Scottish Leaving Certificate Examination, 1956
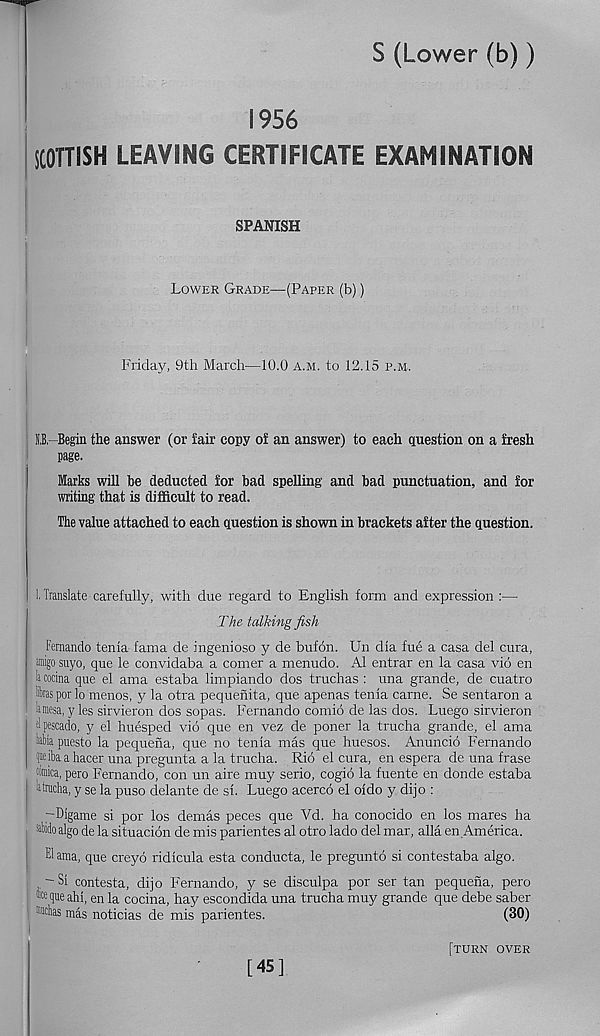
S (Lower (b))
1956
SCOTTISH LEAVING CERTIFICATE EXAMINATION
SPANISH
Lower Grade—(Paper (b))
Friday, 9th March—10.0 a.m. to 12.15 p.m.
j'i- Begin the answer (or lair copy of an answer) to each question on a fresh
page.
Marks will be deducted for bad spelling and bad punctuation, and for
writing that is difficult to read.
The value attached to each question is shown in brackets after the question.
1. Translate carefully, with due regard to English form and expression :—
The talking fish
Fernando tenia fama de ingenioso y de bufon. Un dia fue a casa del cura,
■go suyo, que le convidaba a comer a menudo. A1 entrar en la casa vio en
la cocina que el ama estaba limpiando dos truchas : una grande, de cuatro
Iras por lo menos, y la otra pequenita, que apenas tenia carne. Se sentaron a
la mesa, y les sirvieron dos sopas. Fernando comio de las dos. Luego sirvieron
tlpescado, y el huesped vio que en vez de poner la trucha grande, el ama
babia puesto la pequena, que no tenia mas que huesos. Anuncio Fernando
Ittibaahacer una pregunta a la trucha. Rio el cura, en espera de una frase
romica, pero Fernando, con un aire muy serio, cogio la fuente en donde estaba
latracha, y se la puso del ante de si. Luego acerco el oido y dijo :
-Digame si por los demas peces que Vd. ha conocido en los mares ha
^bido algo de la situacion de mis parientes al otro lado del mar, alia en America.
® ama, que creyo ridicula esta conducta, le pregunto si contestaba algo.
- Si contesta, dijo Fernando, y se disculpa por ser tan pequena, pero
wqueahi, en la cocina, hay escondida una trucha muy grande que debe saber
“whas mas noticias de mis parientes.
(30)
[45]
[turn over